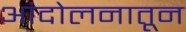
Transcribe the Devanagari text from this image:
आंदोलनातून